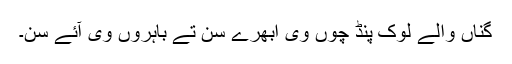
گُناں والے لوک پِنڈ چوں وی اُبھرے سن تے باہروں وی آئے سن۔